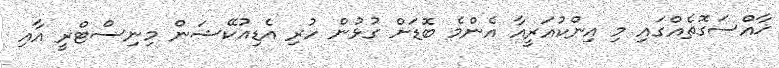
ޚާއްސަގޮތެއްގައި މި އިންކުއަރީއާ އެންމެ ބޮޑަށް ގުޅުން ހުރި އެޑިއުކޭޝަން މިނިސްޓްރީ އާއި